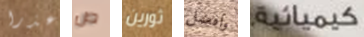
عذرا ص ثورين وافضل كيميائية.